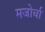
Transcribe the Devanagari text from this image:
मजोर्चा